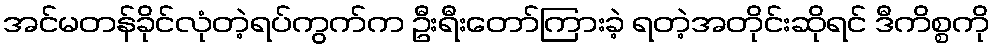
အင်မတန်ခိုင်လုံတဲ့ရပ်ကွက်က ဦးရီးတော်ကြားခဲ့ ရတဲ့အတိုင်းဆိုရင် ဒီကိစ္စကို